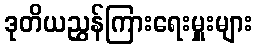
ဒုတိယညွှန်ကြားရေးမှူးများ